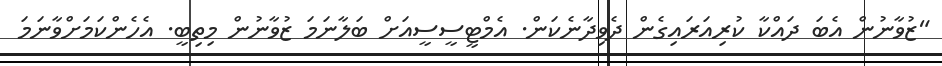
"ޒުވާނުން އެބަ ދައްކާ ކުރިއަރައިގެން ދެވިދާނެކަން. އެމްޓީސީސީއަށް ބަލާނަމަ ޒުވާނުން މިތިބީ. އެހެންކަމަށްވާނަމަ